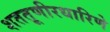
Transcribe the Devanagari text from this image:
शततूणीरधारिणे